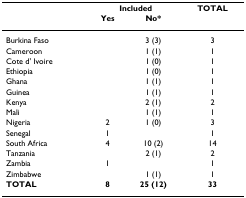
<table><thead><tr><td></td><td colspan="2"><b>Included</b></td><td><b>TOTAL</b></td></tr><tr><td></td><td><b>Yes</b></td><td><b>No*</b></td><td></td></tr></thead><tbody><tr><td>Burkina Faso</td><td></td><td>3 (3)</td><td>3</td></tr><tr><td>Cameroon</td><td></td><td>1 (1)</td><td>1</td></tr><tr><td>Cote d&#x27; Ivoire</td><td></td><td>1 (0)</td><td>1</td></tr><tr><td>Ethiopia</td><td></td><td>1 (0)</td><td>1</td></tr><tr><td>Ghana</td><td></td><td>1 (1)</td><td>1</td></tr><tr><td>Guinea</td><td></td><td>1 (1)</td><td>1</td></tr><tr><td>Kenya</td><td></td><td>2 (1)</td><td>2</td></tr><tr><td>Mali</td><td></td><td>1 (1)</td><td>1</td></tr><tr><td>Nigeria</td><td>2</td><td>1 (0)</td><td>3</td></tr><tr><td>Senegal</td><td>1</td><td></td><td>1</td></tr><tr><td>South Africa</td><td>4</td><td>10 (2)</td><td>14</td></tr><tr><td>Tanzania</td><td></td><td>2 (1)</td><td>2</td></tr><tr><td>Zambia</td><td>1</td><td></td><td>1</td></tr><tr><td>Zimbabwe</td><td></td><td>1 (1)</td><td>1</td></tr><tr><td><b>TOTAL</b></td><td><b>8</b></td><td><b>25 (12)</b></td><td><b>33</b></td></tr></tbody></table>